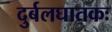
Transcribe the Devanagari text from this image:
दुर्बलघातकः